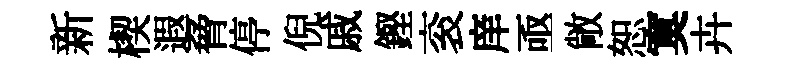
新楔遐脅停倪戚鏗衮庠亟敞恕寞卉